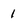
Character: 1